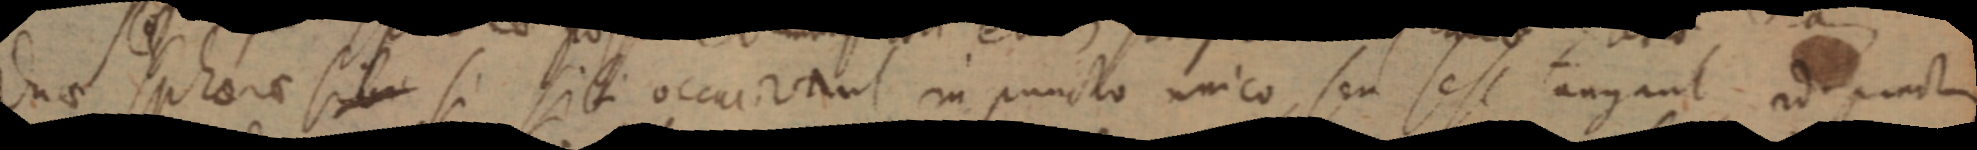
duae sphere sibi si sibi occurrant in puncto unico seu sese tangnal ad punctum